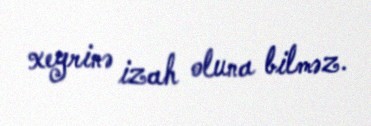
xeyrinə izah oluna bilməz.